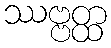
ဿဗ္ဗတ္ထ